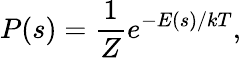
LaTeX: P(s)={\frac{1}{Z}}e^{-E(s)/kT},